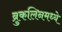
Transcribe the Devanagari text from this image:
ब्रुकलिनमध्ये